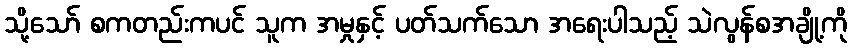
သို့သော် စကတည်းကပင် သူက အမှုနှင့် ပတ်သက်သော အရေးပါသည့် သဲလွန်စအချို့ကို